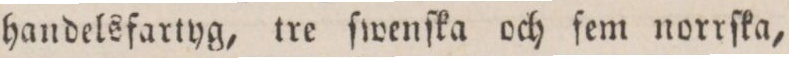
handelsfartyg, tre ſwenſka och fem norrſka,